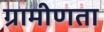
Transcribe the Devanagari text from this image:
ग्रामीणता